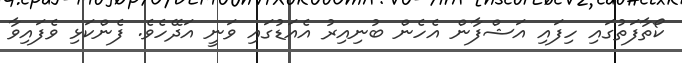
ކޯތާފަތުގައި ހިފައި އަޝްފާން އެހެން ބުނިއިރު އެއަޑުގައި ވަނީ އަދޭހެވެ. ފެންކަޅި ވެފައިވާ